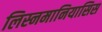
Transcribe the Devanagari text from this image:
लिस्नमानियासिस